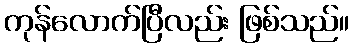
ကုန်လောက်ပြီလည်း ဖြစ်သည်။